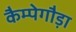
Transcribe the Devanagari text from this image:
कैम्पेगौड़ा